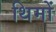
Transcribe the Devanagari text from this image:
थिमों